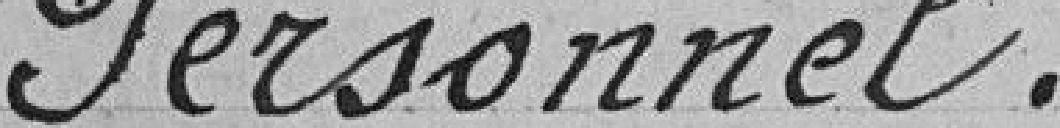
Personnel